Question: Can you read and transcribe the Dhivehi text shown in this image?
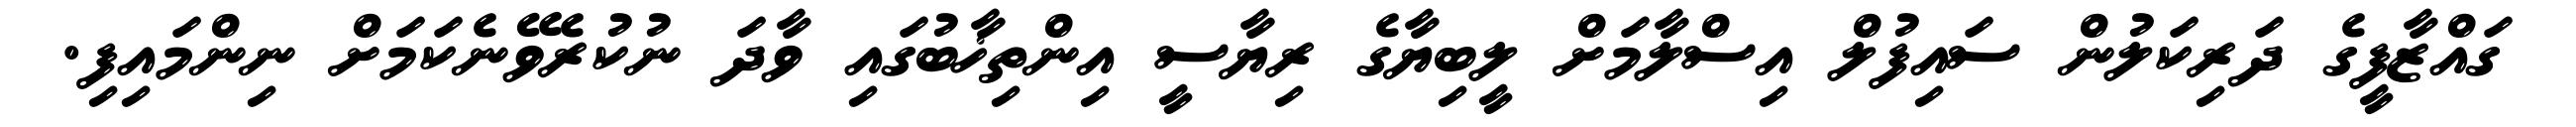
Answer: ގައްޒާފީގެ ދަރިކަލުން ސައިފުލް އިސްލާމަށް ލީބިޔާގެ ރިޔާސީ އިންތިޚާބުގައި ވާދަ ނުކުރެވޭނެކަމަށް ނިންމައިފި.